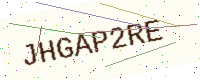
Text: JHGAP2RE